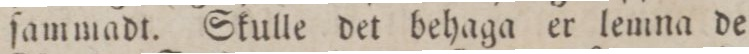
ſammadt. Skulle det behaga er lemna de